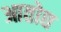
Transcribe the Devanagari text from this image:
आतोद्य